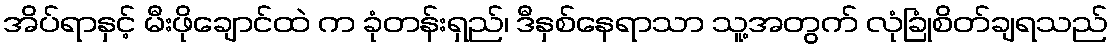
အိပ်ရာနှင့် မီးဖိုချောင်ထဲ က ခုံတန်းရှည်၊ ဒီနှစ်နေရာသာ သူ့အတွက် လုံခြုံစိတ်ချရသည်